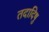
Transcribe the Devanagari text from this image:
तदादिषु